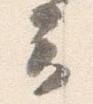
云